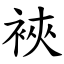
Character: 裌